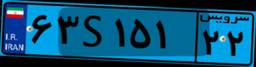
۷۴S۸۲۴۱۶